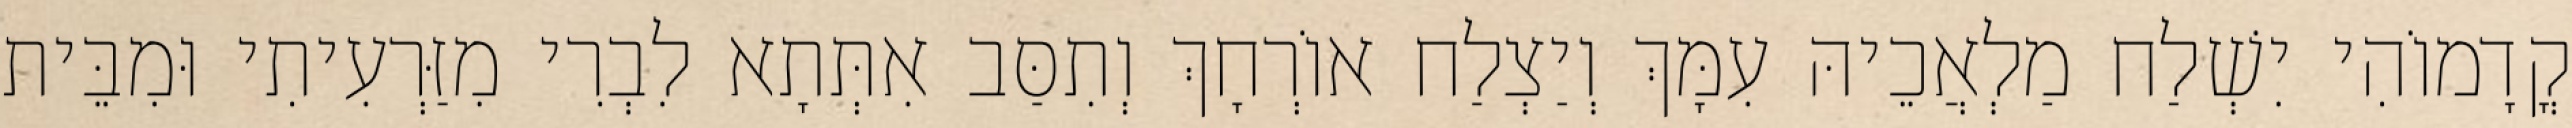
קֳדָמוֹהִי יִשְׁלַח מַלְאֲכֵיהּ עִמָּךְ וְיַצְלַח אוֹרְחָךְ וְתִסַּב אִתְּתָא לִבְרִי מִזַּרְעִיתִי וּמִבֵּית